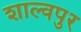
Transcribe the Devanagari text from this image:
शाल्वपुर